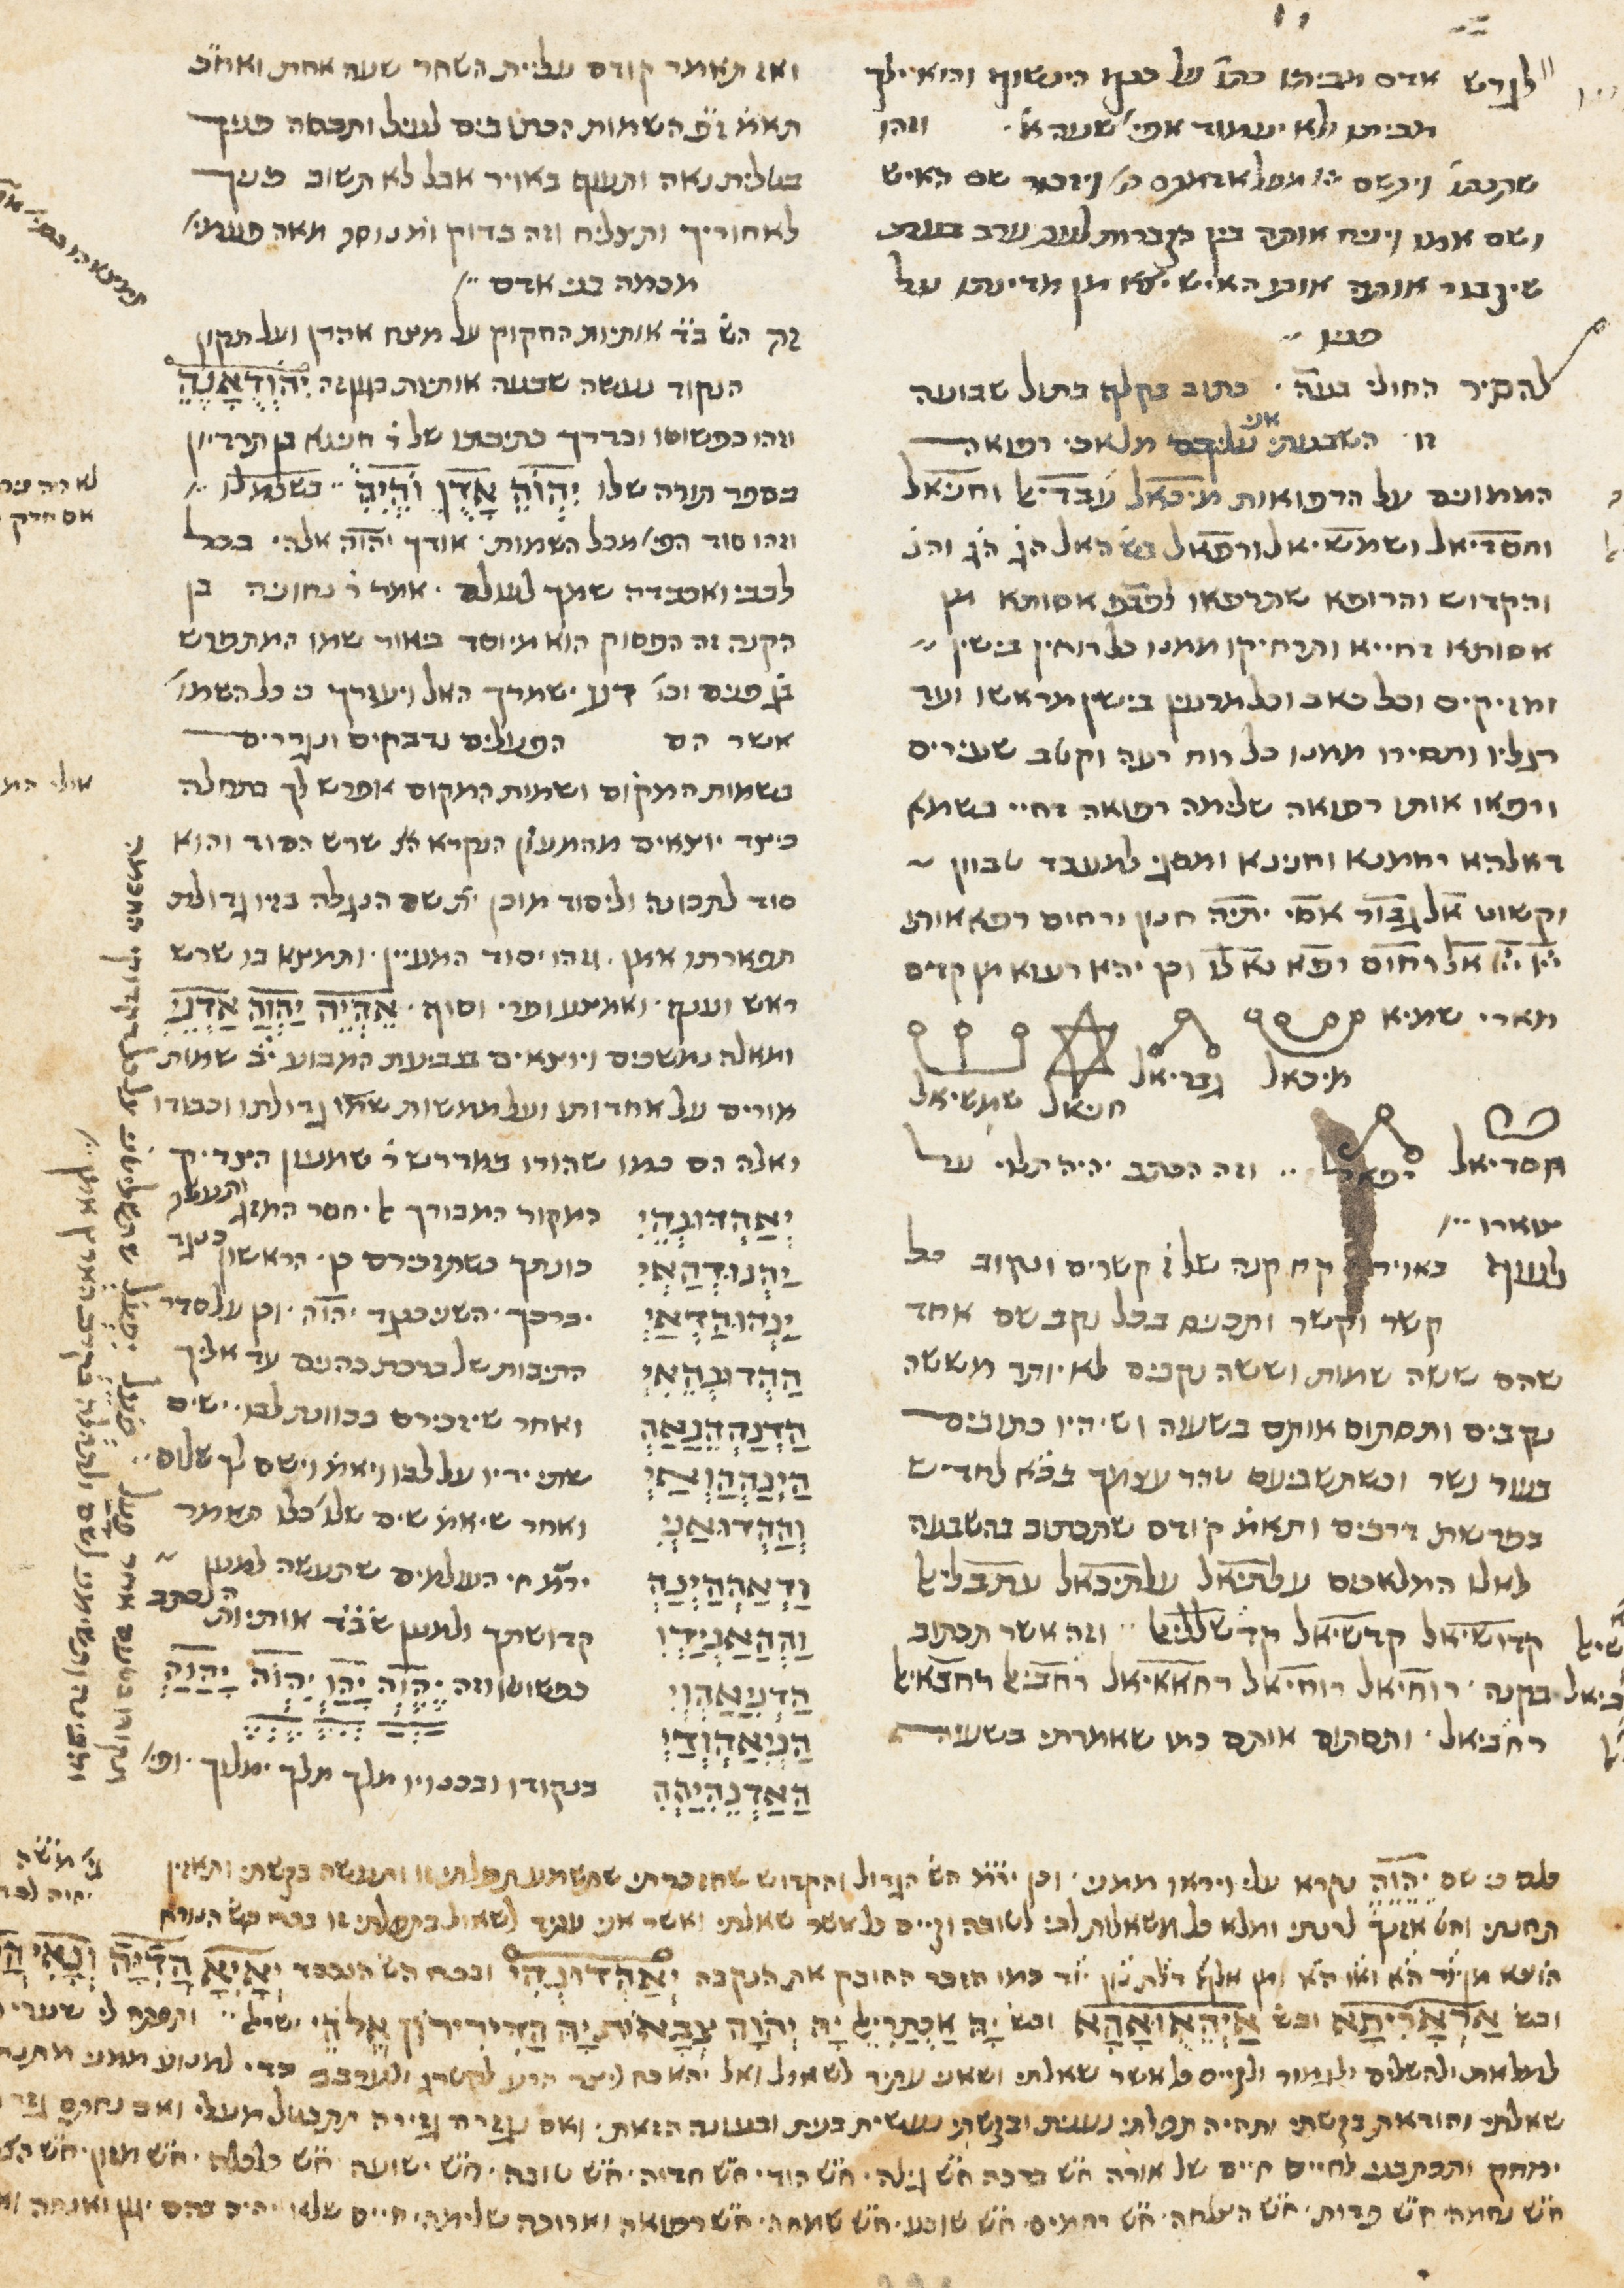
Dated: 1400–1799